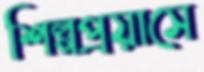
শিল্পপ্রয়াসে